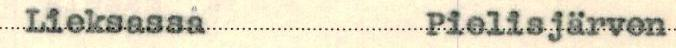
Lieksassa Pielisjärven